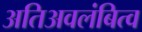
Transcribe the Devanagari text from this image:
अतिअवलंबित्व